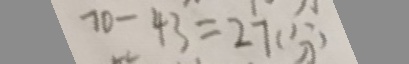
7 0 - 4 3 = 2 7 ( 分 )